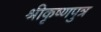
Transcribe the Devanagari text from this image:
श्रीकृष्णपुत्र